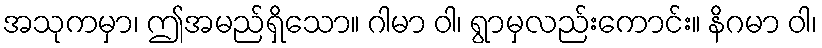
အသုကမှာ၊ ဤအမည်ရှိသော။ ဂါမာ ဝါ၊ ရွာမှလည်းကောင်း။ နိဂမာ ဝါ၊